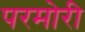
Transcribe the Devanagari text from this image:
परमोरी